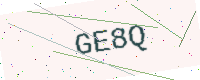
Text: GE8Q